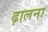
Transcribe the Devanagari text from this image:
ढ़ालना